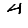
Digit: 4